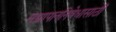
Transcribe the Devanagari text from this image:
मद्यापाननिषेधासाठीं